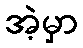
အဲ့မှာ